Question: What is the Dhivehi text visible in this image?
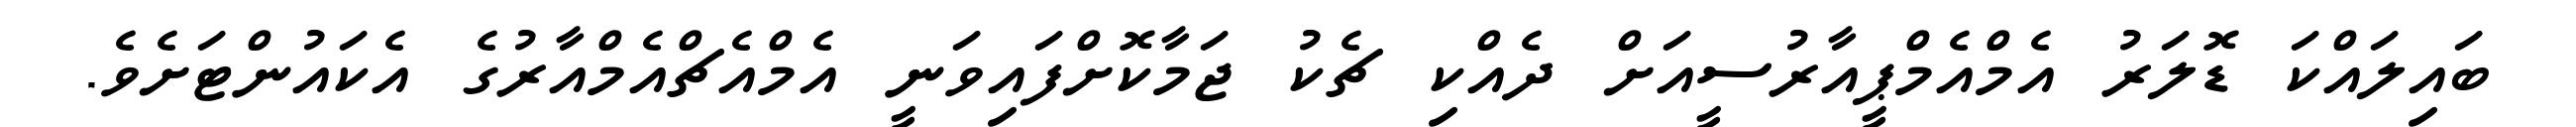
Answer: ބައިލައްކަ ޑޮލަރު އެމްއެމްޕީއާރުސީއަށް ދެއްކި ޗެކު ޖަމާކޮށްފައިވަނީ އެމްއެޗްއެމްއާރުގެ އެކައުންޓަށެވެ.